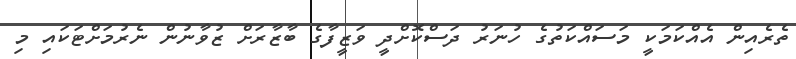
ތެރެއިން އެއްކަމަކީ މަސައްކަތުގެ ހުނަރު ދަސްކޮށްދީ ވަޒީފާގެ ބާޒާރަށް ޒުވާނުން ނެރުމަށްޓަކައި މި